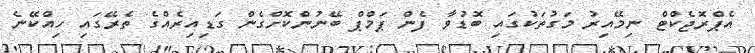
އެޕްރޮޖެކްޓް ނިމޭއިރު މަގުތަކުގައި ބޮޑުވާ ފެން ޕަމްޕް ބޭނުންކޮށްގެން ގަޑިއިރެއްގެ ތެރޭގައި ހިއްކޭނެ